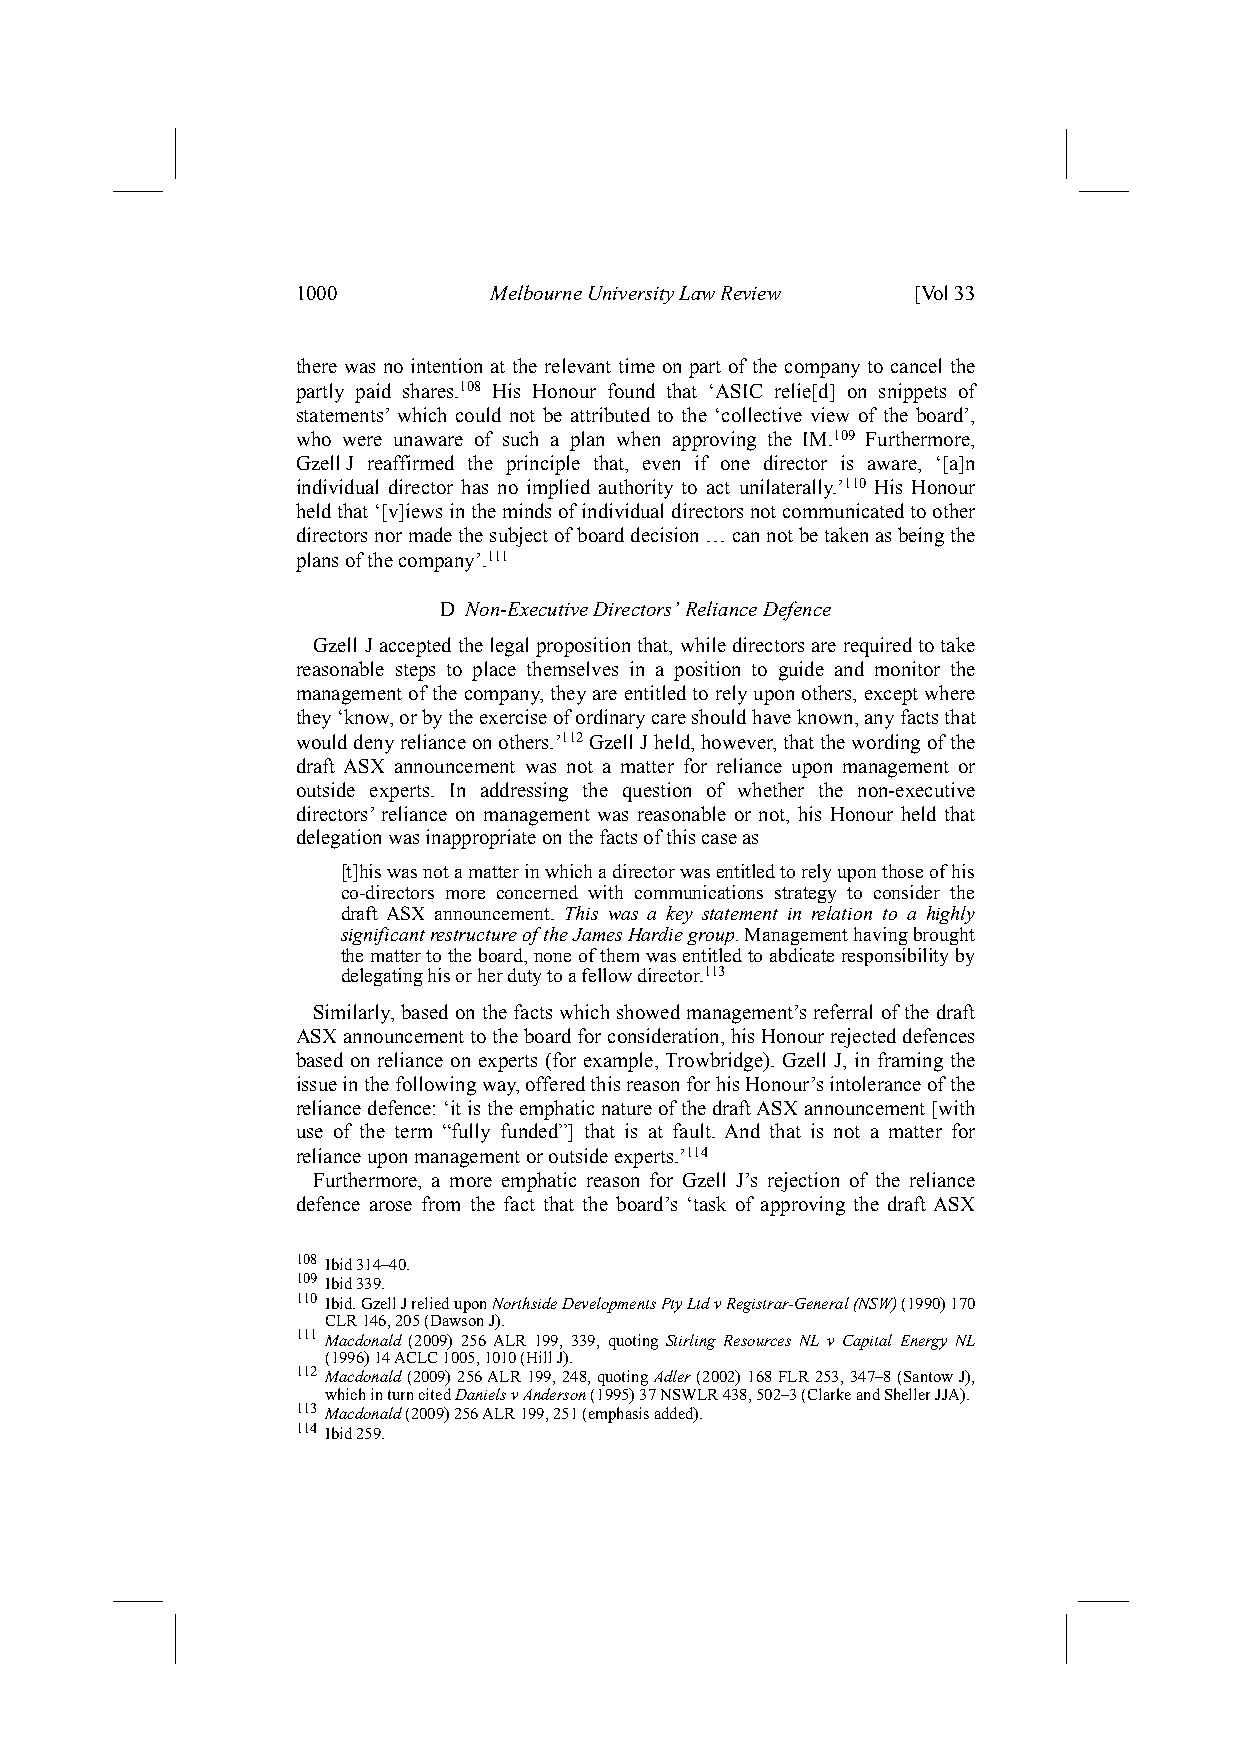
1000        Melbourne University Law Review [Vol 33
 there was no intention at the relevant time on part of the company to cancel the
 partly paid shares.108 His Honour found that ‘ASIC relie[d] on snippets of
 statements’ which could not be attributed to the ‘collective view of the board’,
 who were unaware of such a plan when approving the IM.109 Furthermore,
 Gzell J reaffirmed the principle that, even if one director is aware, ‘[a]n
 individual director has no implied authority to act unilaterally.’110 His Honour
 held that ‘[v]iews in the minds of individual directors not communicated to other
 directors nor made the subject of board decision … can not be taken as being the
 plans of the company’.111
 D Non-Executive Directors’ Reliance Defence
 Gzell J accepted the legal proposition that, while directors are required to take
 reasonable steps to place themselves in a position to guide and monitor the
 management of the company, they are entitled to rely upon others, except where
 they ‘know, or by the exercise of ordinary care should have known, any facts that
 would deny reliance on others.’112 Gzell J held, however, that the wording of the
 draft ASX announcement was not a matter for reliance upon management or
 outside experts. In addressing the question of whether the non-executive
 directors’ reliance on management was reasonable or not, his Honour held that
 delegation was inappropriate on the facts of this case as
 [t]his was not a matter in which a director was entitled to rely upon those of his
 co-directors more concerned with communications strategy to consider the
 draft ASX announcement. This was a key statement in relation to a highly
 significant restructure of the James Hardie group. Management having brought
 the matter to the board, none of them was entitled to abdicate responsibility by
 delegating his or her duty to a fellow director.113
 Similarly, based on the facts which showed management’s referral of the draft
 ASX announcement to the board for consideration, his Honour rejected defences
 based on reliance on experts (for example, Trowbridge). Gzell J, in framing the
 issue in the following way, offered this reason for his Honour’s intolerance of the
 reliance defence: ‘it is the emphatic nature of the draft ASX announcement [with
 use of the term “fully funded”] that is at fault. And that is not a matter for
 reliance upon management or outside experts.’114
 Furthermore, a more emphatic reason for Gzell J’s rejection of the reliance
 defence arose from the fact that the board’s ‘task of approving the draft ASX
 108 Ibid 314–40.
 109 Ibid 339.
 110 Ibid. Gzell J relied upon Northside Developments Pty Ltd v Registrar-General (NSW) (1990) 170
 CLR 146, 205 (Dawson J).
 111 Macdonald (2009) 256 ALR 199, 339, quoting Stirling Resources NL v Capital Energy NL
 (1996) 14 ACLC 1005, 1010 (Hill J).
 112 Macdonald (2009) 256 ALR 199, 248, quoting Adler (2002) 168 FLR 253, 347–8 (Santow J),
 which in turn cited Daniels v Anderson (1995) 37 NSWLR 438, 502–3 (Clarke and Sheller JJA).
 113 Macdonald (2009) 256 ALR 199, 251 (emphasis added).
 114 Ibid 259.